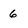
Character: 6